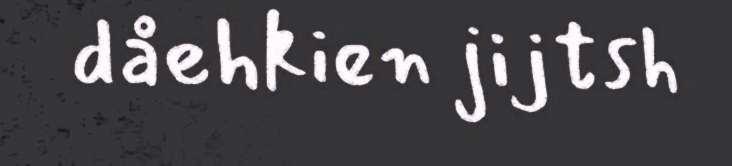
dåehkien jijtsh